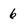
Character: 6